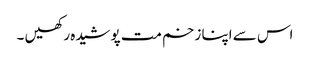
اس سے اپنا زخم مت پوشیدہ رکھیں ۔